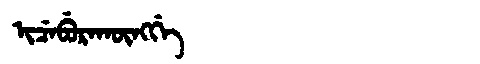
Manchu: ᡳᠴᡝᠪᡠᡵᠠᡴᡡᠩᡤᡝ
Romanization: ICEBURAKŪNGGE